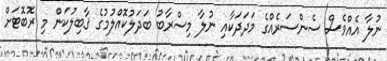
ނުލާ އެއްވެސް ސެންސަރެއްގެ މަދަދަކާއި ނުލާ މިސްރާބު ބަދަލުކޮއްލުމުގެ ޤާބިލުކަން މި ރޮބޮޓަށް